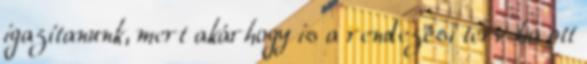
igazítanunk, mert akárhogy is a rendezési terv ha ott